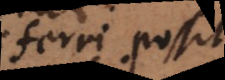
referri possit,